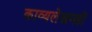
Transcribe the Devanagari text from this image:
काव्यलेखनही